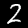
Label: 2